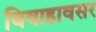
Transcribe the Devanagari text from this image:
विवाहावसर